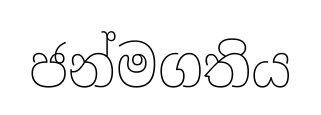
ජන්මගතිය